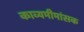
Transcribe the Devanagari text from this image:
काव्यमीमांसक